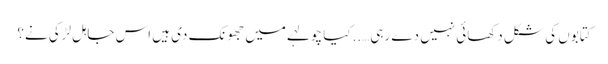
کتابوں کی شکل دکھائی نہیں دے رہی…..کیا چولہے میں جھونک دی ہیں اس جاہل لڑکی نے؟